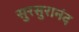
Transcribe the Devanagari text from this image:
सुरसुरानंद